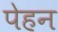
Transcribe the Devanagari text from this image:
पेहन